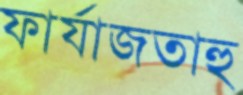
ফার্যাজতাহু